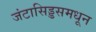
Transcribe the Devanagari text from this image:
जंटासिड्डसमधून